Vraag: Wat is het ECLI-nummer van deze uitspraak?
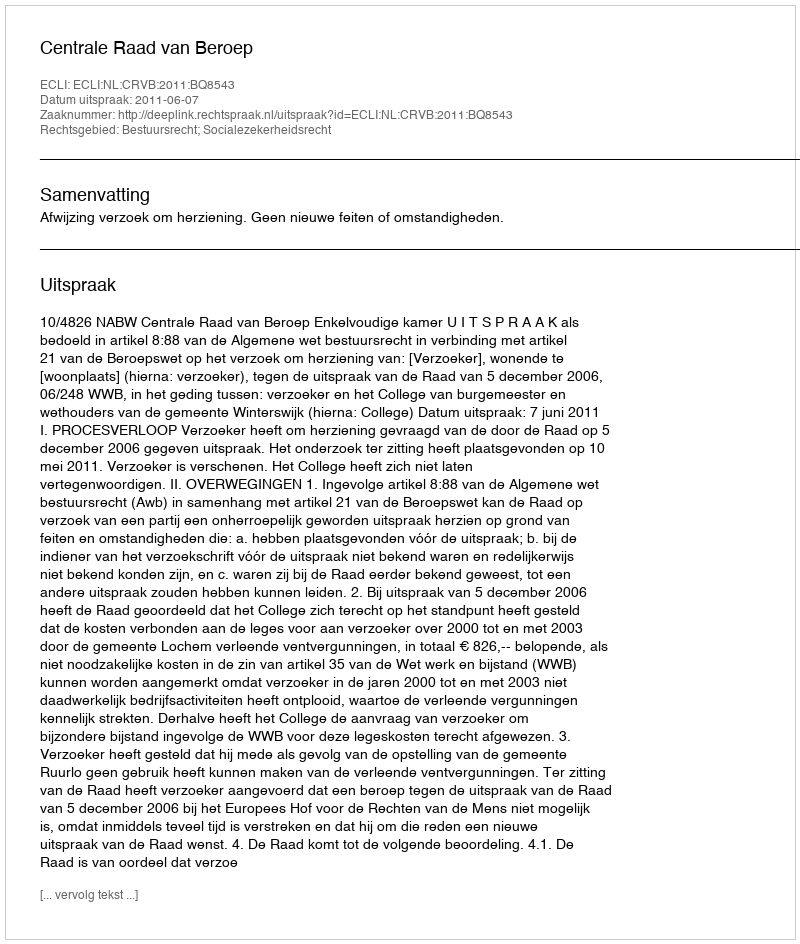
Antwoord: ECLI:NL:CRVB:2011:BQ8543